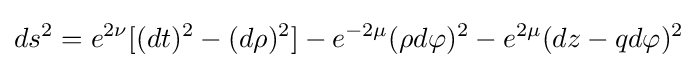
ds^{2}=e^{2\nu }[(dt)^{2}-(d\rho )^{2}]-e^{-2\mu }(\rho d\varphi )^{2}-e^{2\mu }(dz-qd\varphi )^{2}